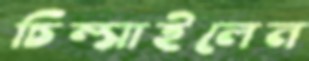
চিম্‌সাইলেন